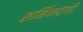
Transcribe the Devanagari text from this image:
शर्मिनदगी